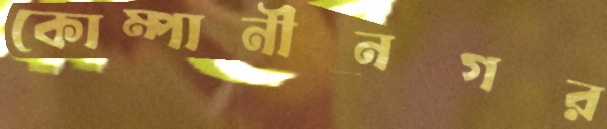
কোম্পানীনগর